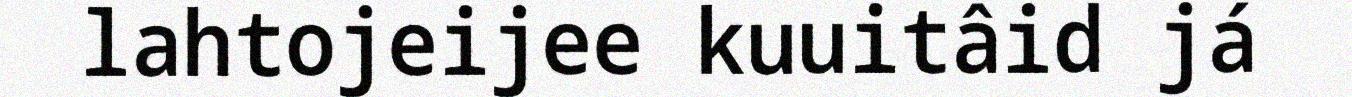
lahtojeijee kuuitâid já